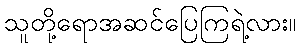
သူတို့ရောအဆင်ပြေကြရဲ့လား။